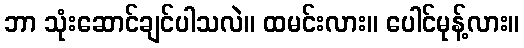
ဘာ သုံးဆောင်ချင်ပါသလဲ။ ထမင်းလား။ ပေါင်မုန့်လား။